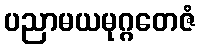
ပညာမယမုဂ္ဂတေဇံ